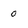
Character: 0